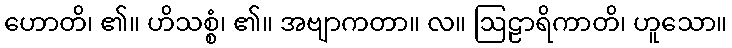
ဟောတိ၊ ၏။ ဟိသစ္စံ၊ ၏။ အဗျာကတာ။ လ။ ဩဠာရိကာတိ၊ ဟူသော။